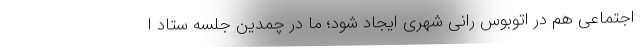
اجتماعی هم در اتوبوس رانی شهری ایجاد شود؛ ما در چمدین جلسه ستاد ا